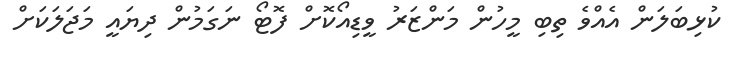
ކުޅިބަލަން އެއްވެ ތިބި މީހުން މަންޒަރު ވީޑިއޯކޮށް ފޮޓޯ ނަގަމުން ދިޔައީ މަޖަލަކަށް